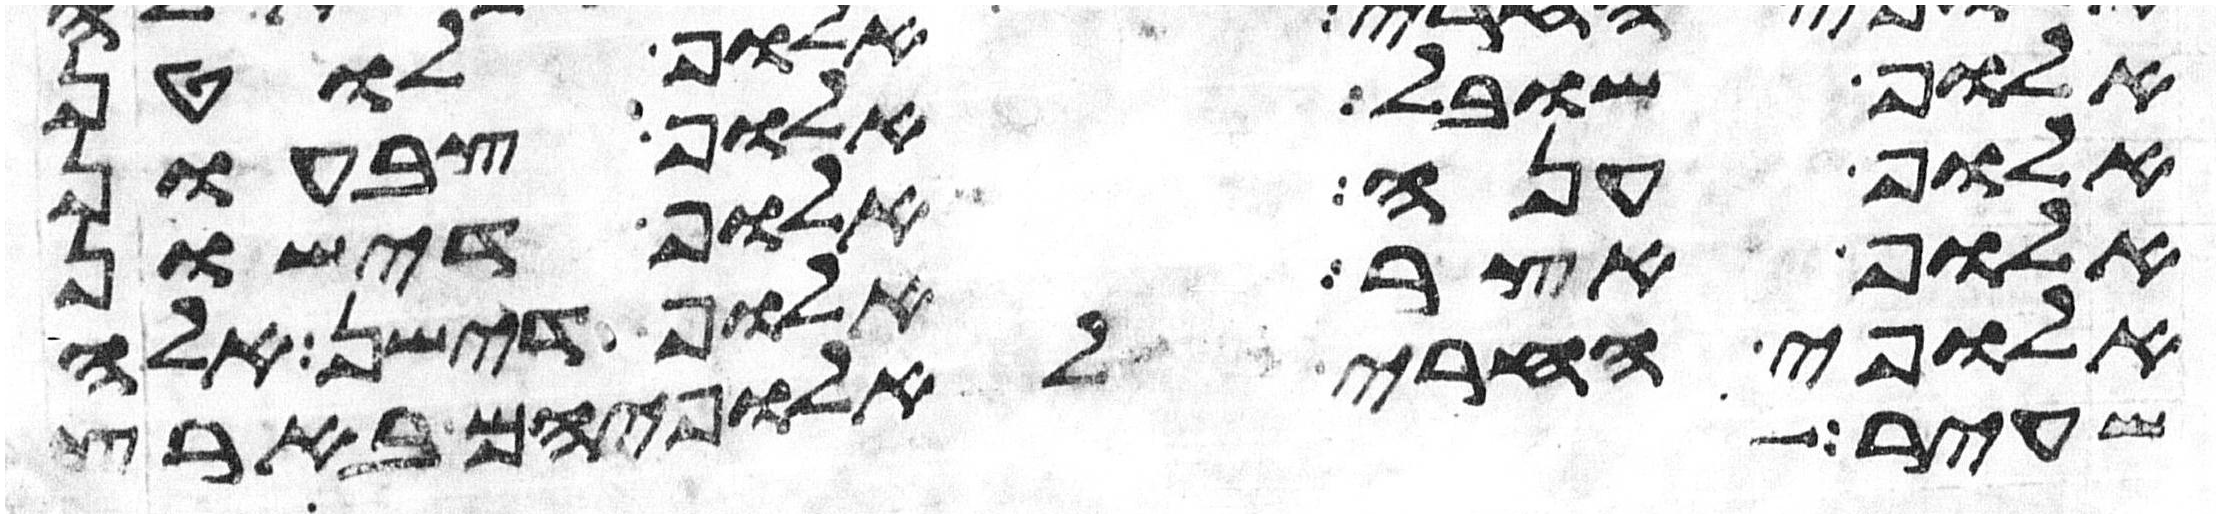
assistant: אלוף שובל אלוף צבעון
אלוף ענה אלוף דישון
אלוף אצר אלוף דישן אלה
אלופי החרי לאלופיהם בארץ
שעיר